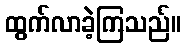
ထွက်လာခဲ့ကြသည်။